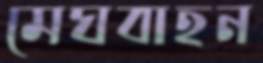
মেঘবাহন